Report on the nature of kala-azar
Disease focus: Kala-Azar
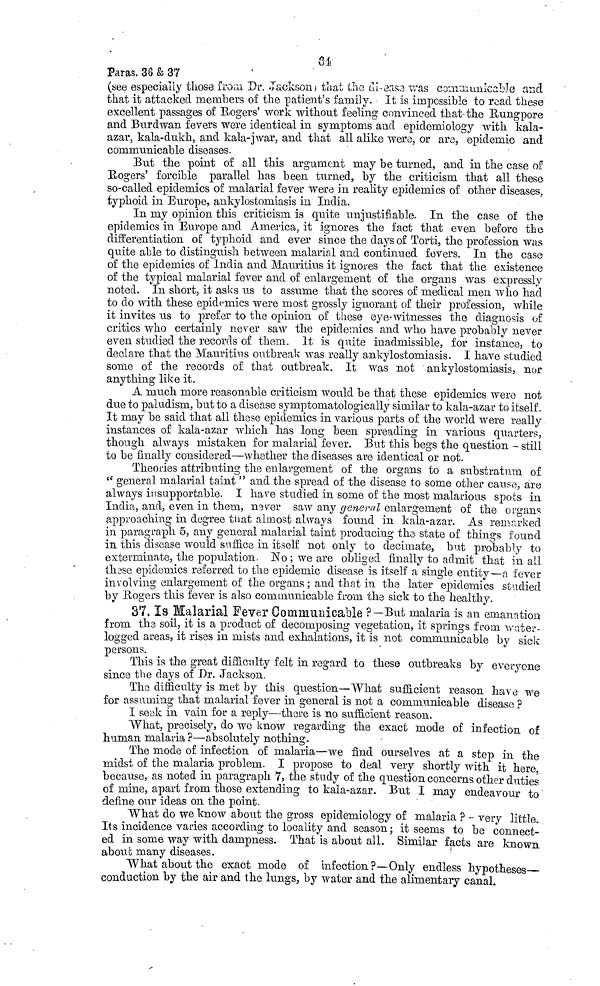
64
Paras. 36 & 37
(see especially those from Dr. Jackson that the disease was communicable and
that it attacked members of the patient's family. It is impossible to read these
excellent passages of Rogers' work without feeling convinced that the Rungpore
and Burdwan fevers were identical in symptoms and epidemiology with kala-
azar, kala-dukh, and kala-jwar, and that all alike were, or are, epidemic and
communicable diseases.
But the point of all this argument may be turned, and in the case of
Rogers' forcible parallel has been turned, by the criticism that all these
so-called epidemics of malarial fever were in reality epidemics of other diseases,
typhoid in Europe, ankylostomiasis in India.
In my opinion this criticism is quite unjustifiable. In the ease of the
epidemics in Europe and America, it ignores the fact that even before the
differentiation of typhoid and ever since the days of Torti, the profession was
quite able to distinguish between malarial and continued fevers. In the case
of the epidemics of India and Mauritius it ignores the fact that the existence
of the typical malarial fever and of enlargement of the organs was expressly
noted. In short, it asks us to assume that the scores of medical men who had
to do with these epidemics were most grossly ignorant of their profession, while
it invites us to prefer to the opinion of these eye-witnesses the diagnosis of
critics who certainly never saw the epidemics and who have probably never
even studied the records of them. It is quite inadmissible, for instance, to
declare that the Mauritius outbreak was really ankylostomiasis. I have studied
some of the records of that outbreak. It was not ankylostomiasis, nor
anything like it.
A much more reasonable criticism would be that these epidemics were not
due to paludism, but to a disease symptomatologically similar to kala-azar to itself.
It may be said that all those epidemics in various parts of the world were really
instances of kala-azar which has long been spreading in various quarters,
though always mistaken for malarial fever. But this begs the question - still
to be finally considered—whether the diseases are identical or not.
Theories attributing the enlargement of the organs to a substratum of
" general malarial taint " and the spread of the disease to some other cause, are
always insupportable. I have studied in some of the most malarious spots in
India, and, even in them, never saw any general enlargement of the organs
approaching in degree that almost always found in kala-azar. As remarked
in paragraph 5, any general malarial taint producing the state of things found
in this disease would suffice in itself not only to decimate, but probably to
exterminate, the population. No ; we are obliged finally to admit that in all
these epidemics referred to the epidemic disease is itself a single entity—a fever
involving enlargement of the organs ; and that in the later epidemics studied
by Rogers this fever is also communicable from the sick to the healthy.
37. Is Malarial Fever Communicable ? — But malaria is an emanation
from the soil, it is a product of decomposing vegetation, it springs from water-
logged areas, it rises in mists and exhalations, it is not communicable by sick
persons.
This is the great difficulty felt in regard to these outbreaks by everyone
since the days of Dr. Jackson.
The difficulty is met by this question—What sufficient reason have we
for assuming that malarial fever in general is not a communicable disease ?
I seek in vain for a reply—there is no sufficient reason.
What, precisely, do we know regarding the exact mode of infection of
human malaria ?—absolutely nothing.
The mode of infection of malaria—we find ourselves at a step in the
midst of the malaria problem. I propose to deal very shortly with it here,
because, as noted in paragraph 7, the study of the question concerns other duties
of mine, apart from those extending to kala-azar. But I may endeavour to
define our ideas on the point.
What do we know about the gross epidemiology of malaria ? -- very little.
Its incidence varies according to locality and season; it seems to be connect-
ed in some way with dampness. That is about all. Similar facts are known
about many diseases.
What about the exact mode of infection ?—Only endless hypotheses-
conduction by the air and the lungs, by water and the alimentary canal.